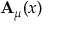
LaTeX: \mathbf { A } _ { \mu } ( x )